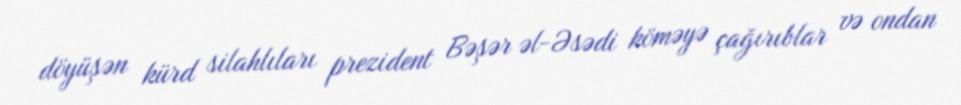
döyüşən kürd silahlıları prezident Bəşər əl-Əsədi köməyə çağırıblar və ondan